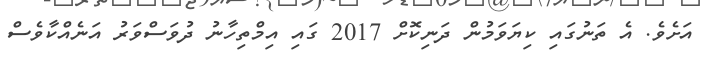
އަށެވެ. އެ ތަނުގައި ކިޔަވަމުން ދަނިކޮށް 2017 ގައި އިމްތިހާނު ދުވަސްވަރު އަނެއްކާވެސް